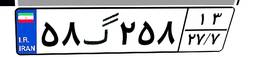
۵۸گ۲۵۸۱۳